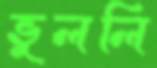
ভুললি